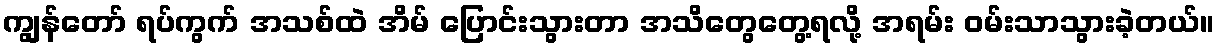
ကျွန်တော် ရပ်ကွက် အသစ်ထဲ အိမ် ပြောင်းသွားတာ အသိတွေတွေ့ရလို့ အရမ်း ဝမ်းသာသွားခဲ့တယ်။